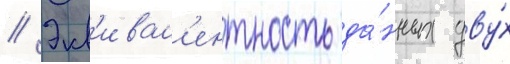
// Экв'ивал'ентность да́нных дву́х